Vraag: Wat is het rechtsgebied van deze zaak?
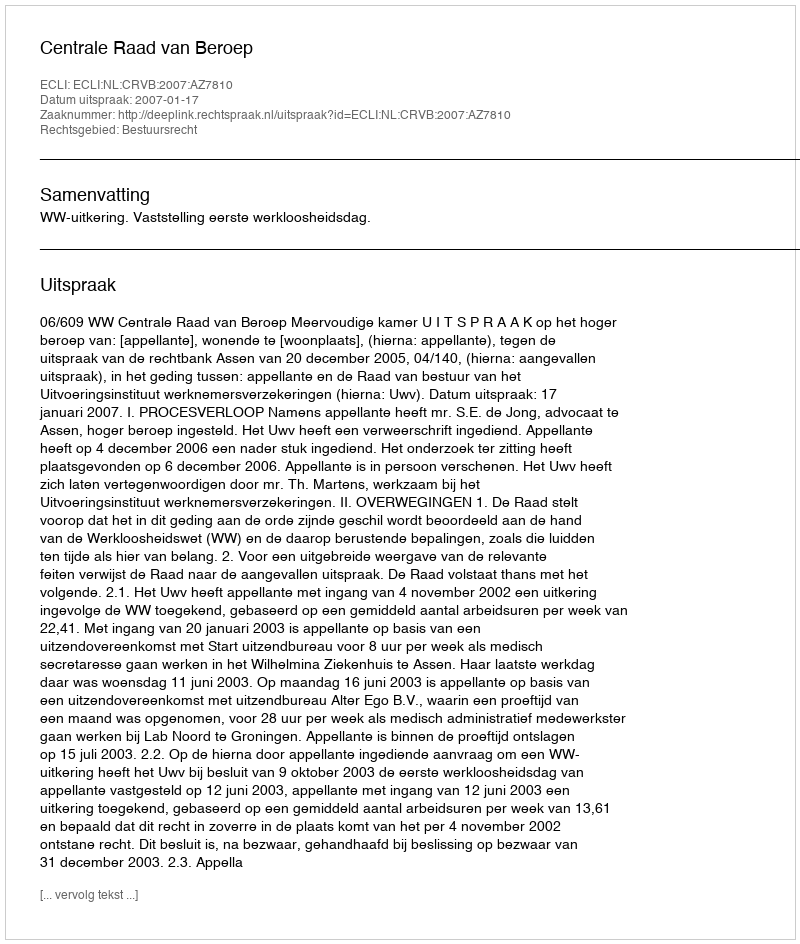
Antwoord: Bestuursrecht